Annual report of the Bengal Veterinary College and of the Civil Veterinary Department, Bengal, for the year 1920-21 - 1920-1921
Year: 1920
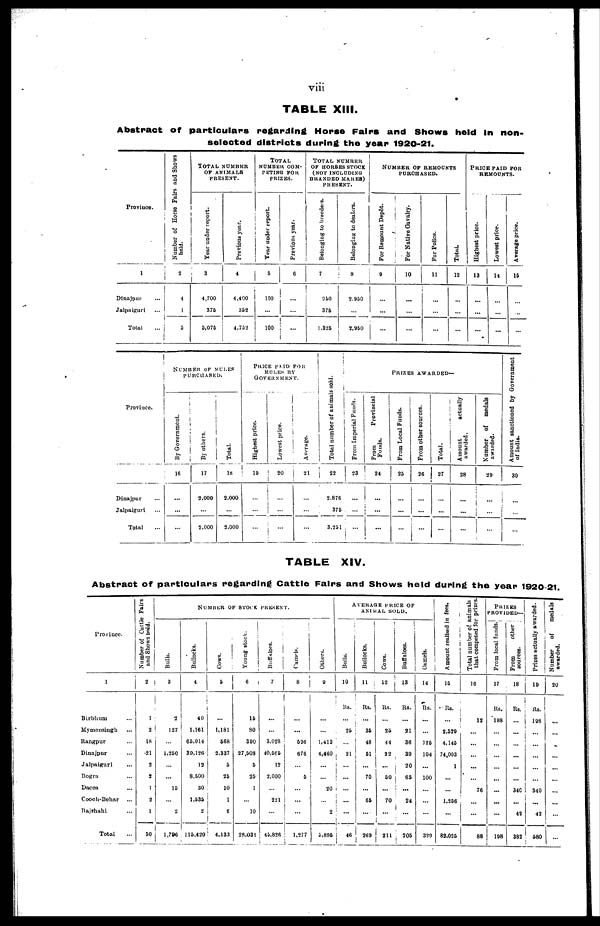
viii
TABLE XIII.
Abstract of particulars regarding Horse Fairs and Shows held In non-
selected districts during the year 1920-21.
Province.
1
Dinajpur ...
Jalpaiguri ...
Total ...
Number of Horse Fairs and Shows
held.
2
4
1
5
TOTAL NUMBER
OF ANIMALS
PRESENT.
Year under report.
3
4,700
375
5,075
Previous year.
4
4,400
352
4,752
TOTAL
NUMBER
COM-
------ FOR
PRIZES.
Year under report.
5
100
...
100
Previous year.
6
...
...
...
TOTAL NUMBER
OF HORSES STOCK
(NOT INCLUDING
BRANDED MARES)
PRESENT.
Belonging to breeders.
7
950
376
1,325
Belonging to dealers.
8
2,960
...
2,950
NUMBER OF REMOUNTS
PURCHASED.
For Remount Depôt.
9
...
...
...
For Native Cavalry.
10
...
...
...
For Police.
11
...
...
...
Total.
12
...
...
...
PRICE PAID FOR
REMOUNTS.
Highest price.
13
...
...
...
Lowest price.
14
...
...
...
Average price.
15
...
...
...
Province.
Dinajpur ...
Jalpaiguri ...
Total
NUMBER OF MULES
PURCHASED.
By Government.
16
...
...
...
By others.
17
2,000
...
2,000
Total.
18
2,000
...
2,000
PRICE PAID FOR
MULES BY
GOVERNMENT.
Highest price.
...
19
...
...
...
Lowest price.
20
...
...
...
Average.
21
...
...
...
Total number of animals sold.
22
2.876
375
3,251
PRIZES AWARDED—
From Imperial Funds.
23
...
...
...
From
Provincial
Funds.
24
...
...
...
From Local Funds.
25
...
...
...
From other sources.
26
...
...
...
Total.
27
...
...
...
Amount
actually
awarded.
28
...
...
...
Number of medals
awarded.
29
...
...
...
Amount sanctioned by Government
of India.
30
...
...
...
TABLE XIV.
Abstract of particulars regarding Cattle Fairs and Shows held during the year 1920-21.
Province.
1
Birbhum ...
Mymensingh ...
Rangpur ...
Dinajpur ...
Jalpaiguri ...
Bogra ...
Dacca
Coach-Behar ...
Rajshuhi ...
Total ...
Number of Cattle Fairs
and Shows bold.
2
1
2
18
21
2
2
1
2
1
50
NUMBER OF STOCK PRESENT.
Bulls.
3
2
127
...
1,250
...
...
15
...
2
1,396
Bullocks.
4
40
1,161
65,014
39,126
12
8,500
30
1,535
2
115,420
Cows.
5
...
1,181
568
2,337
5
25
10
1
6
4,133
Young stock.
6
15
80
390
27,508
5
25
1
...
10
28,031
Buffaloes.
7
...
...
3,028
40,565
12
2,000
...
2-21
...
45,826
Camels.
8
...
...
506
676
...
5
...
...
...
1,277
Others.
9
...
...
1,413
4,460
...
...
20
...
2
5,895
AVERAGE PRICE OF
ANIMAL SOLD.
Bulls.
10
Rs.
...
25
...
21
...
...
...
...
...
46
Bullocks.
11
Rs.
...
35
48
51
...
70
...
65
...
269
Cows.
12
Rs.
...
25
44
22
...
50
...
70
...
211
Buffaloes.
13
Rs.
...
21
36
39
20
65
...
24
...
205
Camels.
14
Rs.
...
...
125
104
...
100
...
...
...
329
Amount realised in fees.
15
Rs.
...
2,529
4,145
74,093
1
...
...
1,256
...
82,025
Total number of animals
that competed for prizes
16
12
...
...
...
...
...
76
...
...
88
PRIZES
PROVIDED—
From local funds.
17
Rs.
198
...
...
...
...
...
...
...
...
198
From
other i
sources.
18
Rs,
...
...
...
...
...
...
340
...
42
382
Prizes actually awarded.
19
Rs.
198
...
...
...
...
...
340
...
42
580
Number
of
medals
awarded.
20
...
...
...
...
...
...
...
...
...
...